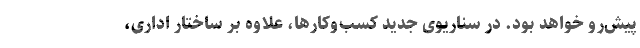
پیش‌رو خواهد بود. در سناریوی جدید کسب‌و‌کارها، علاوه بر ساختار اداری،